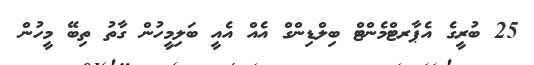
25 ބުރީގެ އެޕާރޓްމެންޓް ބިލްޑިންގް އެއް އެއީ ބަލިމީހުން ގާތު ތިބޭ މީހުން